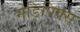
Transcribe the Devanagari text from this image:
मेडिपिक्स